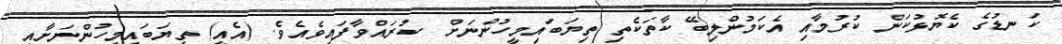
ކަނޑުގެ ކެޔޮޅުކަން ކުރުމާއި އެކަމުންލިބޭ ކާތަކެތި ތިޔަބައިމީހުންނަށް  ކުރައްވާފައިވެއެވެ. (އެއީ) ތިޔަބައިމީހުންނަށާއި